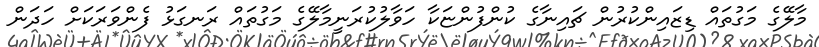
މާލޭގެ މަގުތައް ޑިޒައިންކުރުން ޗައިނާގެ ކުންފުންޏަކާ ހަވާލުކުރަނީމާލޭގެ މަގުތައް ރަނގަޅު ފެންވަރަކަށް ހަދަން